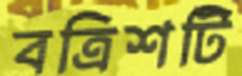
বত্রিশটি